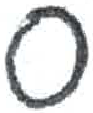
אות: ס